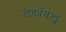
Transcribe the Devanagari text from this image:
स्टेटोसिस्ट्स